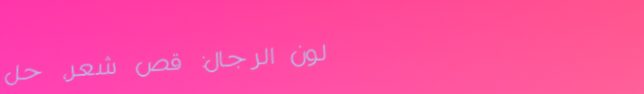
صالون الرجال: قصّ شعر، حل